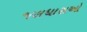
જલધારાઓ